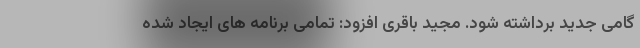
گامی جدید برداشته شود. مجید باقری افزود: تمامی برنامه های ایجاد شده